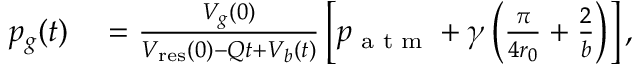
\begin{array} { r l } { p _ { g } ( t ) } & { { } = \frac { V _ { g } ( 0 ) } { V _ { \mathrm { r e s } } ( 0 ) - Q t + V _ { b } ( t ) } \left[ p _ { \textrm { a t m } } + \gamma \left( \frac { \pi } { 4 r _ { 0 } } + \frac { 2 } { b } \right) \right] , } \end{array}